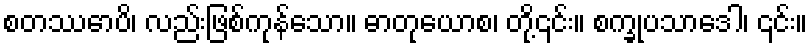
စတဿောပိ၊ လည်းဖြစ်ကုန်သော။ ဓာတုယောစ၊ တို့၎င်း။ စက္ခုပသာဒေါ၊ ၎င်း။